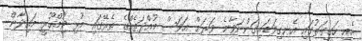
އެއީ ހަގީގަތުގައި އެނގިވަޑައިގަންނަވާނެ ވަރަށް އަވަސް މުއްދަތެއްގެ ތެރޭގައި މުޅި ޖުމްހޫރީ މައިދާން